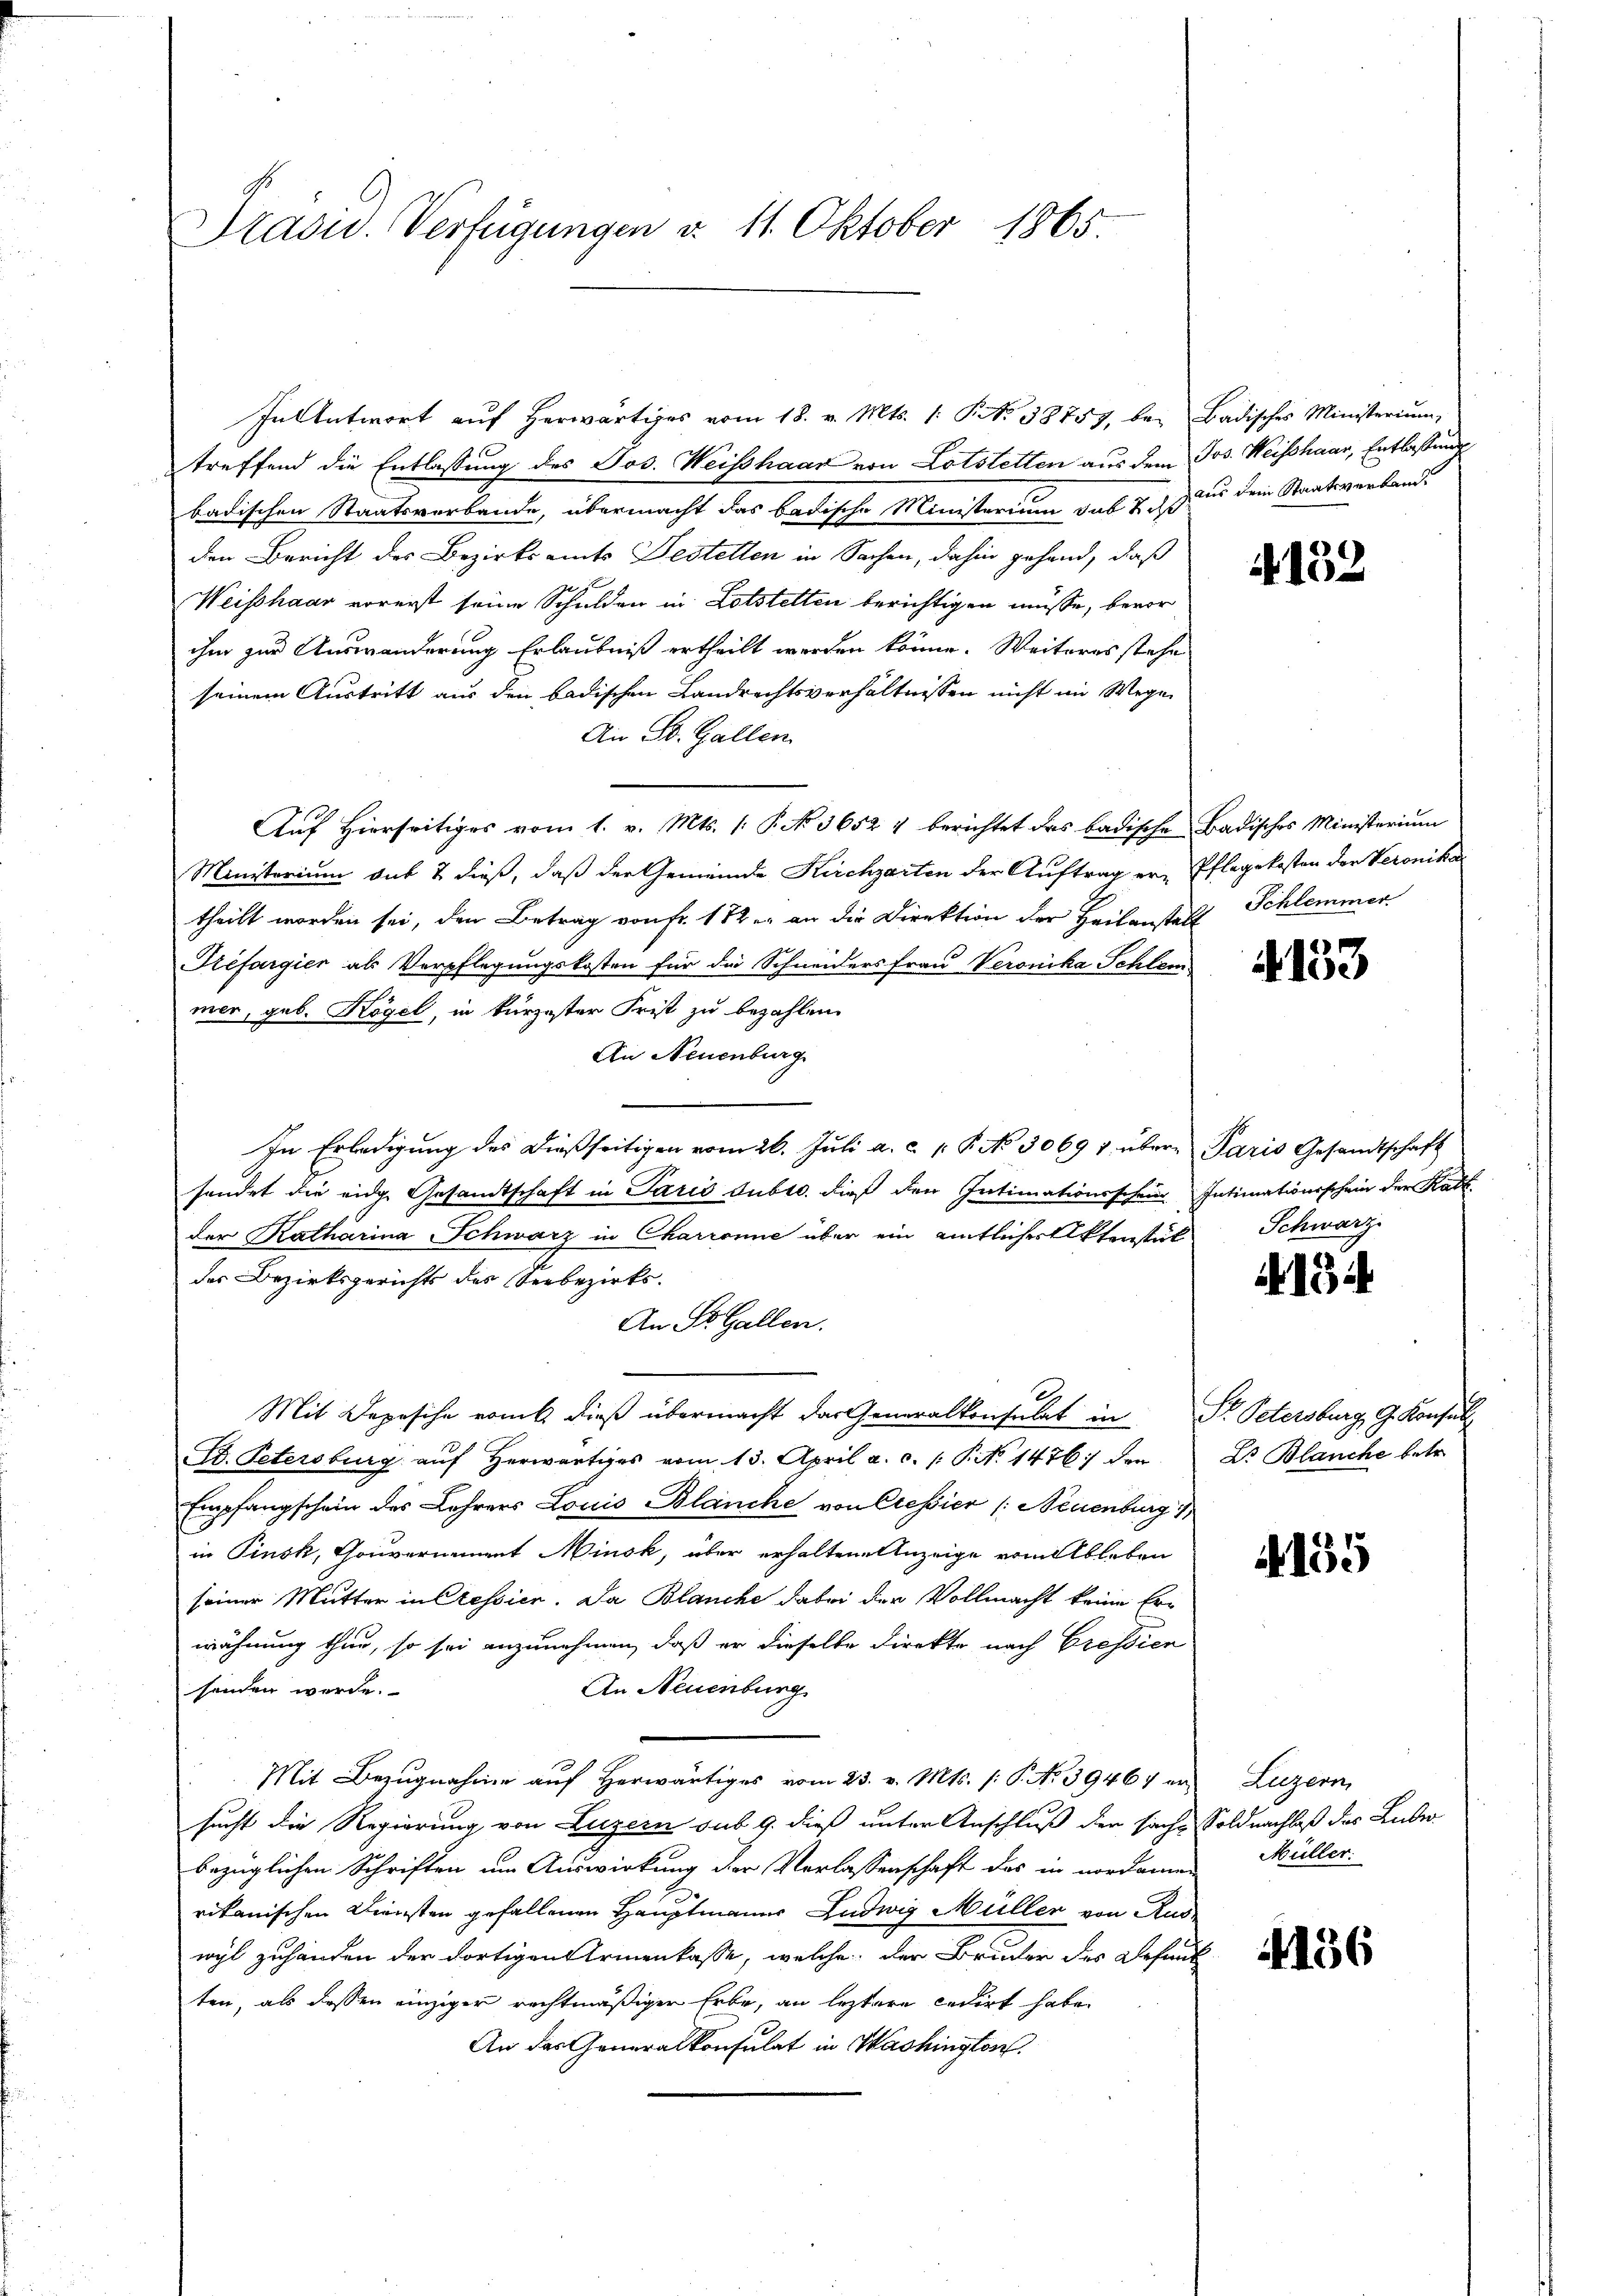
Präsid. Verfügungen v. 11. Oktober 1865.

treffend die Entlassung des Jos. Weisshaar von Lotstetten aus dem Jos. Weisshaar, Entlassung
badischen Staatsverbande, übermacht das badische Ministerium das 7. Juni dem Staatsverbandden Bericht des Bezirksamts Festellen in Sachen, dahin gehand, daß
Weisshaar vorerst seine Schulden in Lotstelten berichtigen müsse, bevor
ihm zur Auswanderung Erlaubniß ertheilt werden könne. Weiteres stehe
seinem Austritt aus den badischen Landrechtsverhältnissen nicht im Wegen
An St. Gallen
Auf Hierseitiges vom 1. v. Mts. (: P. No. 36524 berichtet das badische Badisches Ministerium
Ministerium sub 2 dieß, daß der Gemeinde Kirchgarten der Auftrag er- Pflegekosten der Veronika
theilt worden sei, den Betrag von Fr. 182 er an die Direktion der Heilanstalt Schlemmer
Rrefargier als Verpflegungskosten für die Schneiders Frau Veronika Schlem
mer, geb. Kogel, in kurzester Frist zu bezahlen.
An Neuenburg
In Erledigung des dießseitigen vom 26. Juli a. c. p. P. No 3069 1 übere Paris Gesandtschaft
sendet die eidge Gesandtschaft in Paris dubtr. dieß den Intimationsschein Intimationsschein der Ratt
der Katharina Schwarz in Charronie über ein amtlicher Aktenstät Schwarz
des Bezirksgerichts des Seebezirks¬
An St. Gallen.
Mit Deposiche vom 6. dieß übermacht das Generalkonsulat in Dr. Petersburg, G. Konsul
Dd. Petersburg aŭf herwärtiges vom 13. April a. c. /: P. No 1476) den Dr. Blanche betr.
Empfangschein des Lehrers Louis Blanche von Cessier /: Neuenburg 1
in Pinsk, Gouvernement Minsk, über erhaltene Anzeige vom Ableben
seiner Mutter in Cessier. Da Blanche dabei der Vollmacht keine Erwähnung thun, so sei anzunehmen, daß er dieselbe Direkte nach Cressien
An Neuenburg
sonden werde.
Mit Bezugnahme auf herwärtiges vom 23. v. Mts. /: P. No 39467 ersucht die Regierung von Luzern sub. 9. dieß unter Anschluß der sache Soldnachlaß des Lube-
bezüglichen Schriften um Auswirkung der Verlassenschaft des in nordamen
rikanischen Diensten gefallenen Hauptmanner Ludwig Müller von Rus
wyl zuhänden der dortigen Armenkasse, welche der Bruder des Behand
ten, als dessen einziger rechtmäßiger Erbe, an leztere cedirt habe
An der Generalkonsulat in Washington

In Antwort aŭf herwärtiges vom 18. v. Mts. 1. P. No 38757, bei Badisches Ministerium,

4152

4133

4134

155

Luzern,
Müller.

4136